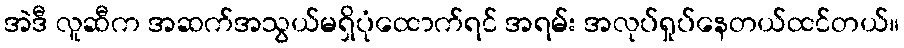
အဲဒီ လူဆီက အဆက်အသွယ်မရှိပုံထောက်ရင် အရမ်း အလုပ်ရှုပ်နေတယ်ထင်တယ်။